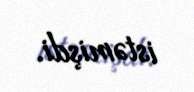
istəmişdi.